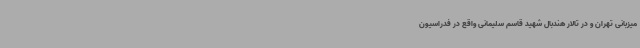
میزبانی تهران و در تالار هندبال شهید قاسم سلیمانی واقع در فدراسیون